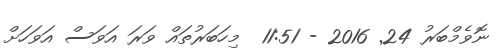
ނޮވެމްބަރު 24